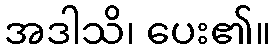
အဒါသိ၊ ပေး၏။